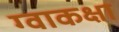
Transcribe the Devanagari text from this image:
ग्वाकक्षा